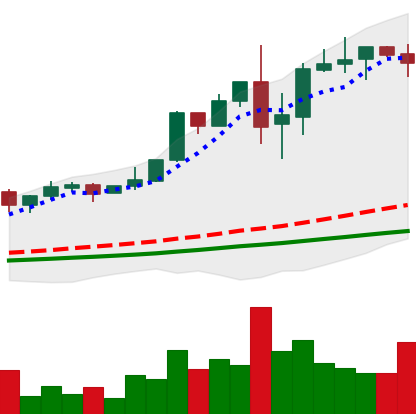
Ticker: LTC-USD
Chart end date: 2017-12-06
Forward return: 113.452%
Label: up_7plus